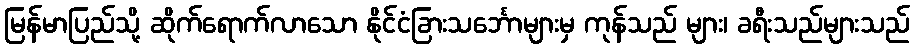
မြန်မာပြည်သို့ ဆိုက်ရောက်လာသော နိုင်ငံခြားသင်္ဘောများမှ ကုန်သည် များ၊ ခရီးသည်များသည်